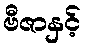
ဗီဇာနှင့်